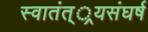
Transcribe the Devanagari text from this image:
स्वातंत््रयसंघर्ष